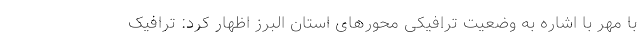
با مهر با اشاره به وضعیت ترافیکی محورهای استان البرز اظهار کرد: ترافیک